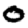
Digit: 0